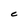
Character: C